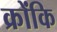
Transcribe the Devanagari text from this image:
क्रोंकि